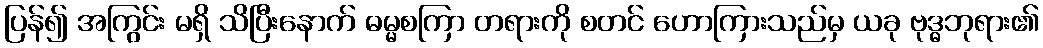
ပြန်၍ အကြွင်း မရှိ သိပြီးနောက် ဓမ္မစကြာ တရားကို စတင် ဟောကြားသည်မှ ယခု ဗုဒ္ဓဘုရား၏